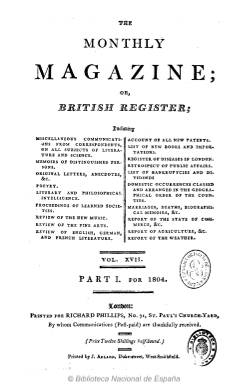
Título: The Monthly magazine or British register
Otros títulos: British register
Colección: Cultura
Ámbito geográfico: Gran Bretaña
Lugar de publicación: London
Fechas: 01/02/1804-28/07/1804

Esta revista mensual londinense estuvo publicándose, con variaciones en el título, desde febrero de 1796  a junio de 1843, fundada por el escritor y afortunado mercader de libros sir Richard Phillips (1767-1840), ejerciendo como su primer editor el médico y literato John Aiken (1747-1822), afín al unitarismo teológico. Tanto su fundador, en asuntos de carácter político, como, ocasionalmente, el coleccionista de arte John Leigg Philips publicaron en sus páginas, pero entre los colaboradores más distinguidos de la revista se encontraron los grandes fundadores de la literatura y el arte del movimiento pre-romántico y del romanticismo inglés, como el poeta, pintor y grabador William Blake (1757-1827); el también poeta, crítico y filósofo Samuel Taylor Coleridge (1772-1834), e introductor del idealismo alemán en la cultura inglesa, al que se le atribuye una serie de ensayos publicados en la revista entre 1796 y 1799 bajo el título The Enquirer; y el escritor y ensayista Charles Lamb (1775-1834); así como el prolífico escritor y clasicista George Dyer (1755-1841) y el asimismo poeta y literato Henry Neele (1798-1828), que iniciará su colaboración de forma anónima a partir de 1814.

La colección de este título en la Biblioteca Nacional de España sólo la forma el volumen 17 (semestral), que va de febrero a julio de 1804, integrado por siete entregas secuenciadas de más de un centenar de páginas cada una, con foliación continuada, y compuestas generalmente a dos columnas, aunque también a una, en un formato en octavo. El primer número comienza con un sumario de los contenidos generales de la revista, y al final del último ofrece un amplísimo índice general del volumen, que incluye a los autores. También inserta unos grabados de un gran meteorito, tal como se pudo contemplar en Greenwich y en Soho Square.

Sus contenidos, de carácter original, son comunicaciones y misceláneas de sus denominados “corresponsales” sobre asuntos varios de carácter literario y científico; memorias de distinguidas personalidades; textos de poesía, literatura, filosofía y anécdotas; actas de sociedades científicas; reseñas de obras de la literatura inglesa, alemana o francesa, y de obras musicales o de bellas artes; listados de novedades bibliográficas, entre estas las importadas, o resúmenes de asuntos políticos; pero también publica informes sobre comercio y agricultura, listados de ganancias y quiebras empresariales, referencias de nuevas patentes, estadísticas de matrimonios y defunciones, con perfiles biográficos; asuntos locales de los diversos condados ingleses e información meteorológica.

Entre 1839 y 1840 la revista fue editada por el escritor religioso inglés Francis Foster (1808-1871) y el periodista y poeta John Abraham Heraud (1799-1887. Su contenido en este nuevo periodo sirvió para la popularización de la filosofía post-kantiana y el movimiento idealista basado en la educación infantil y el socialismo.

En sus páginas también llegaría a aparecer el primer relato de Charles Dickens (1812-1870), que al publicarse en volumen adoptaría el título Sketches by Boz (1836), escritor que colabora en la revista entre 1833 y 1835.